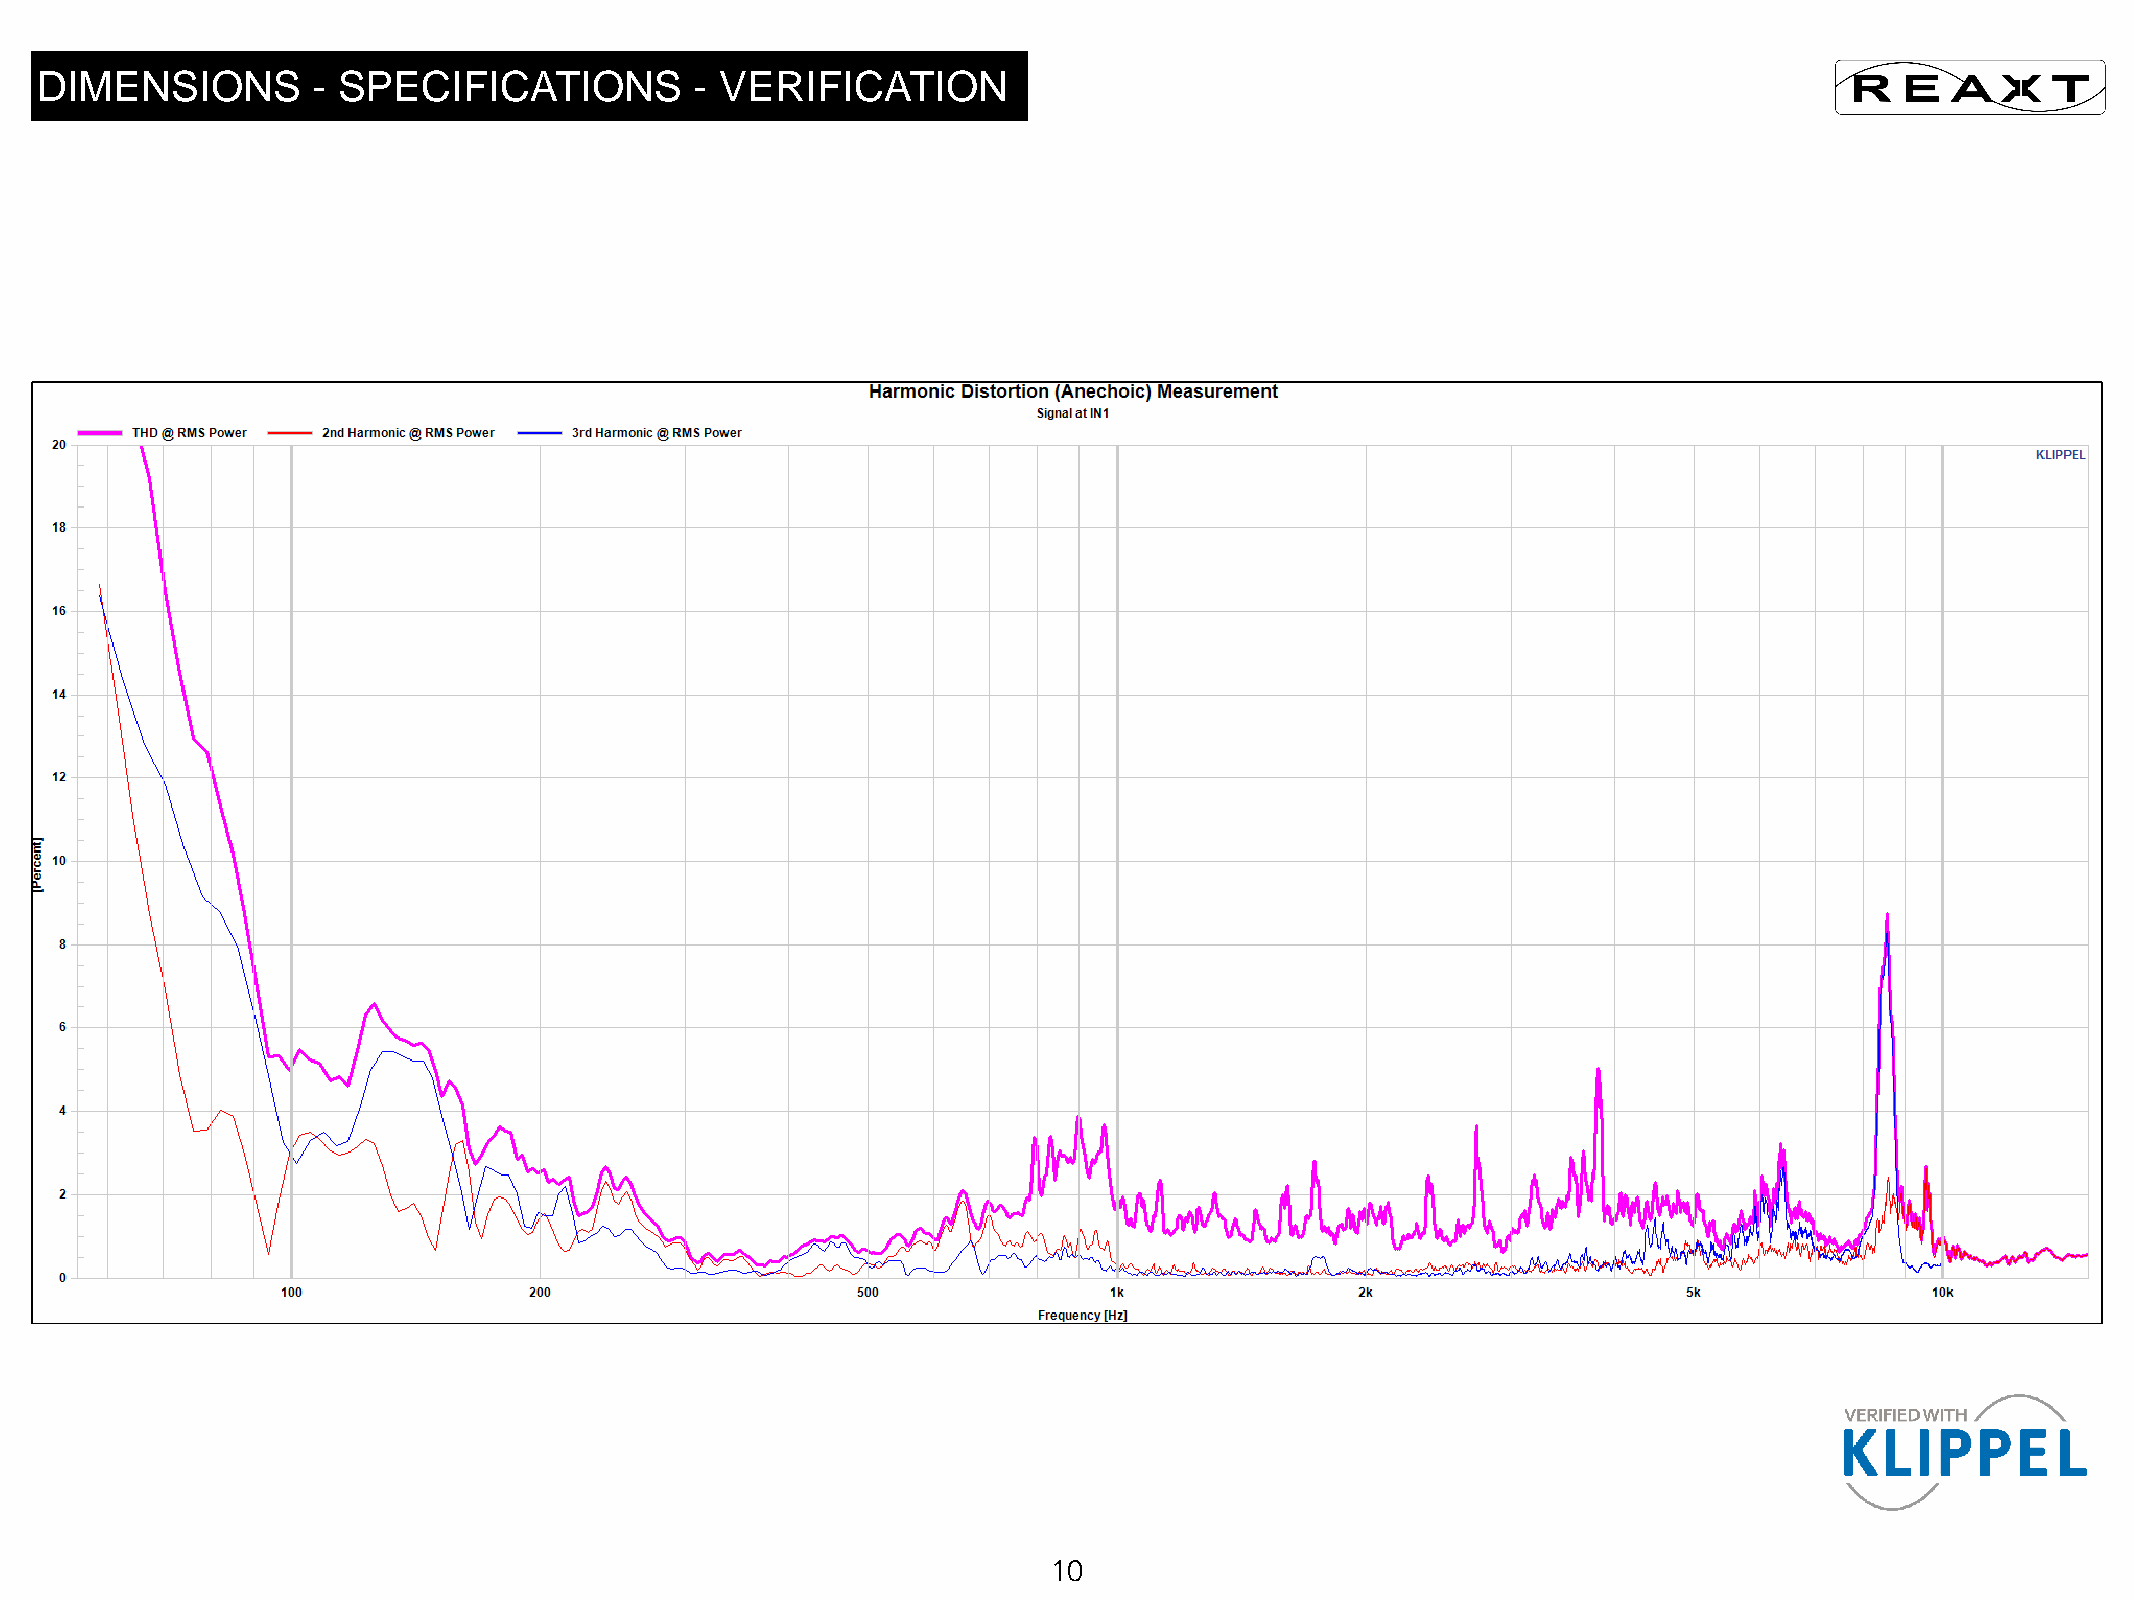
DIMENSIONS         - SPECIFICATIONS         - VERIFICATION
 10